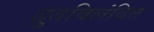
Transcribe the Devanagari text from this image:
द्रुतविलंबित